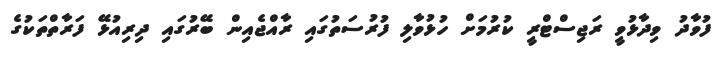
ފުވާދު ވިދާޅުވީ ރަޖިސްޓްރީ ކުރުމަށް ހުޅުވާލި ފުރުސަތުގައި ރާއްޖެއިން ބޭރުގައި ދިރިއުޅޭ ފަރާތްތަކުގެ